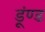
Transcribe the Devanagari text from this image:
डूंण्ड